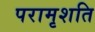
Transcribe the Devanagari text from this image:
परामृशति